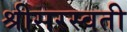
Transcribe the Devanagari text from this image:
श्रीसरस्वती